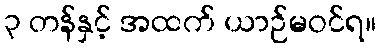
၃ တန်နှင့် အထက် ယာဉ်မဝင်ရ။